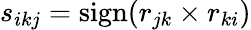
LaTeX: s_{ikj}=\mathrm{sign}(r_{jk}\times r_{ki})